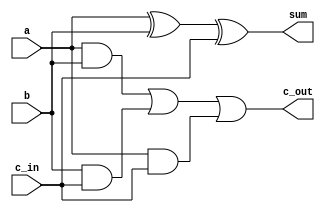
module FullAdder (
    input wire a,
    input wire b,
    input wire c_in,
    output wire sum,
    output wire c_out
);
    assign sum = a ^ b ^ c_in; // Sum calculation
    assign c_out = (a & b) | (b & c_in) | (a & c_in); // Carry calculation
endmodule